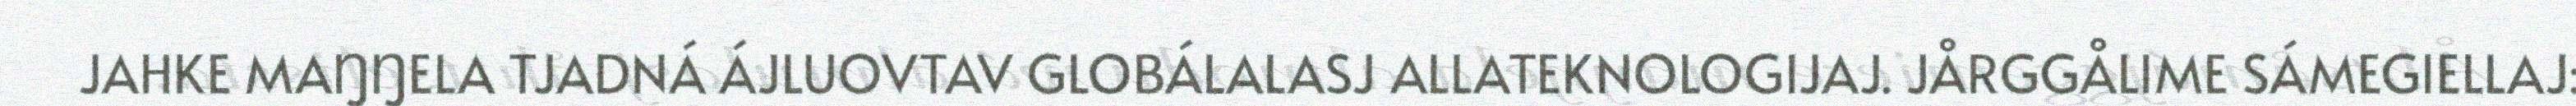
JAHKE MAŊŊELA TJADNÁ ÁJLUOVTAV GLOBÁLALASJ ALLATEKNOLOGIJAJ. JÅRGGÅLIME SÁMEGIELLAJ: